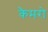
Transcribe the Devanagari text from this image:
कैमरो